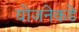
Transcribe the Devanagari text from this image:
योजनेकडे